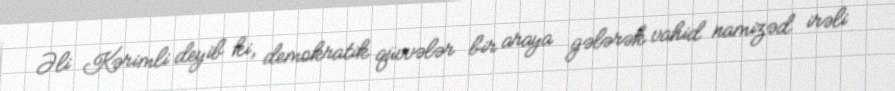
Əli Kərimli deyib ki, demokratik qüvvələr bir araya gələrək vahid namizəd irəli